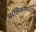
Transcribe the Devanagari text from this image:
मालिकांमधेही